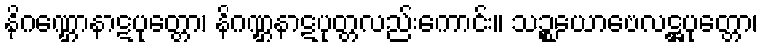
နိဂဏ္ဌောနာဋပုတ္တော၊ နိဂဏ္ဌနာဋပုတ္တလည်းကောင်း။ သဉ္စယောဗေလဋ္ဌပုတ္တော၊